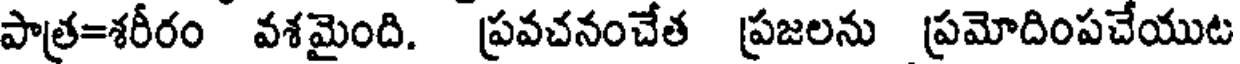
పాత్ర=శరీరం వశమైంది. ప్రవచనంచేత ప్రజలను ప్రమోదింపచేయుట